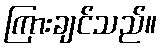
ကြားချင်သည်။